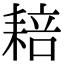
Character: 䎧